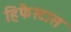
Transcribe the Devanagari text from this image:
हिफैस्टास